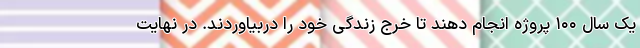
یک سال ۱۰۰ پروژه انجام دهند تا خرج زندگی خود را دربیاوردند. در نهایت